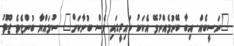
"ނަސީބެއް. އިބާ ބޭނުމެއްނުވޭ އެކަކު ކައިރީގައި ވެސް ބުނާކަށް" ސުމައްޔާ ބުންޏެވެ. ޖޫދު